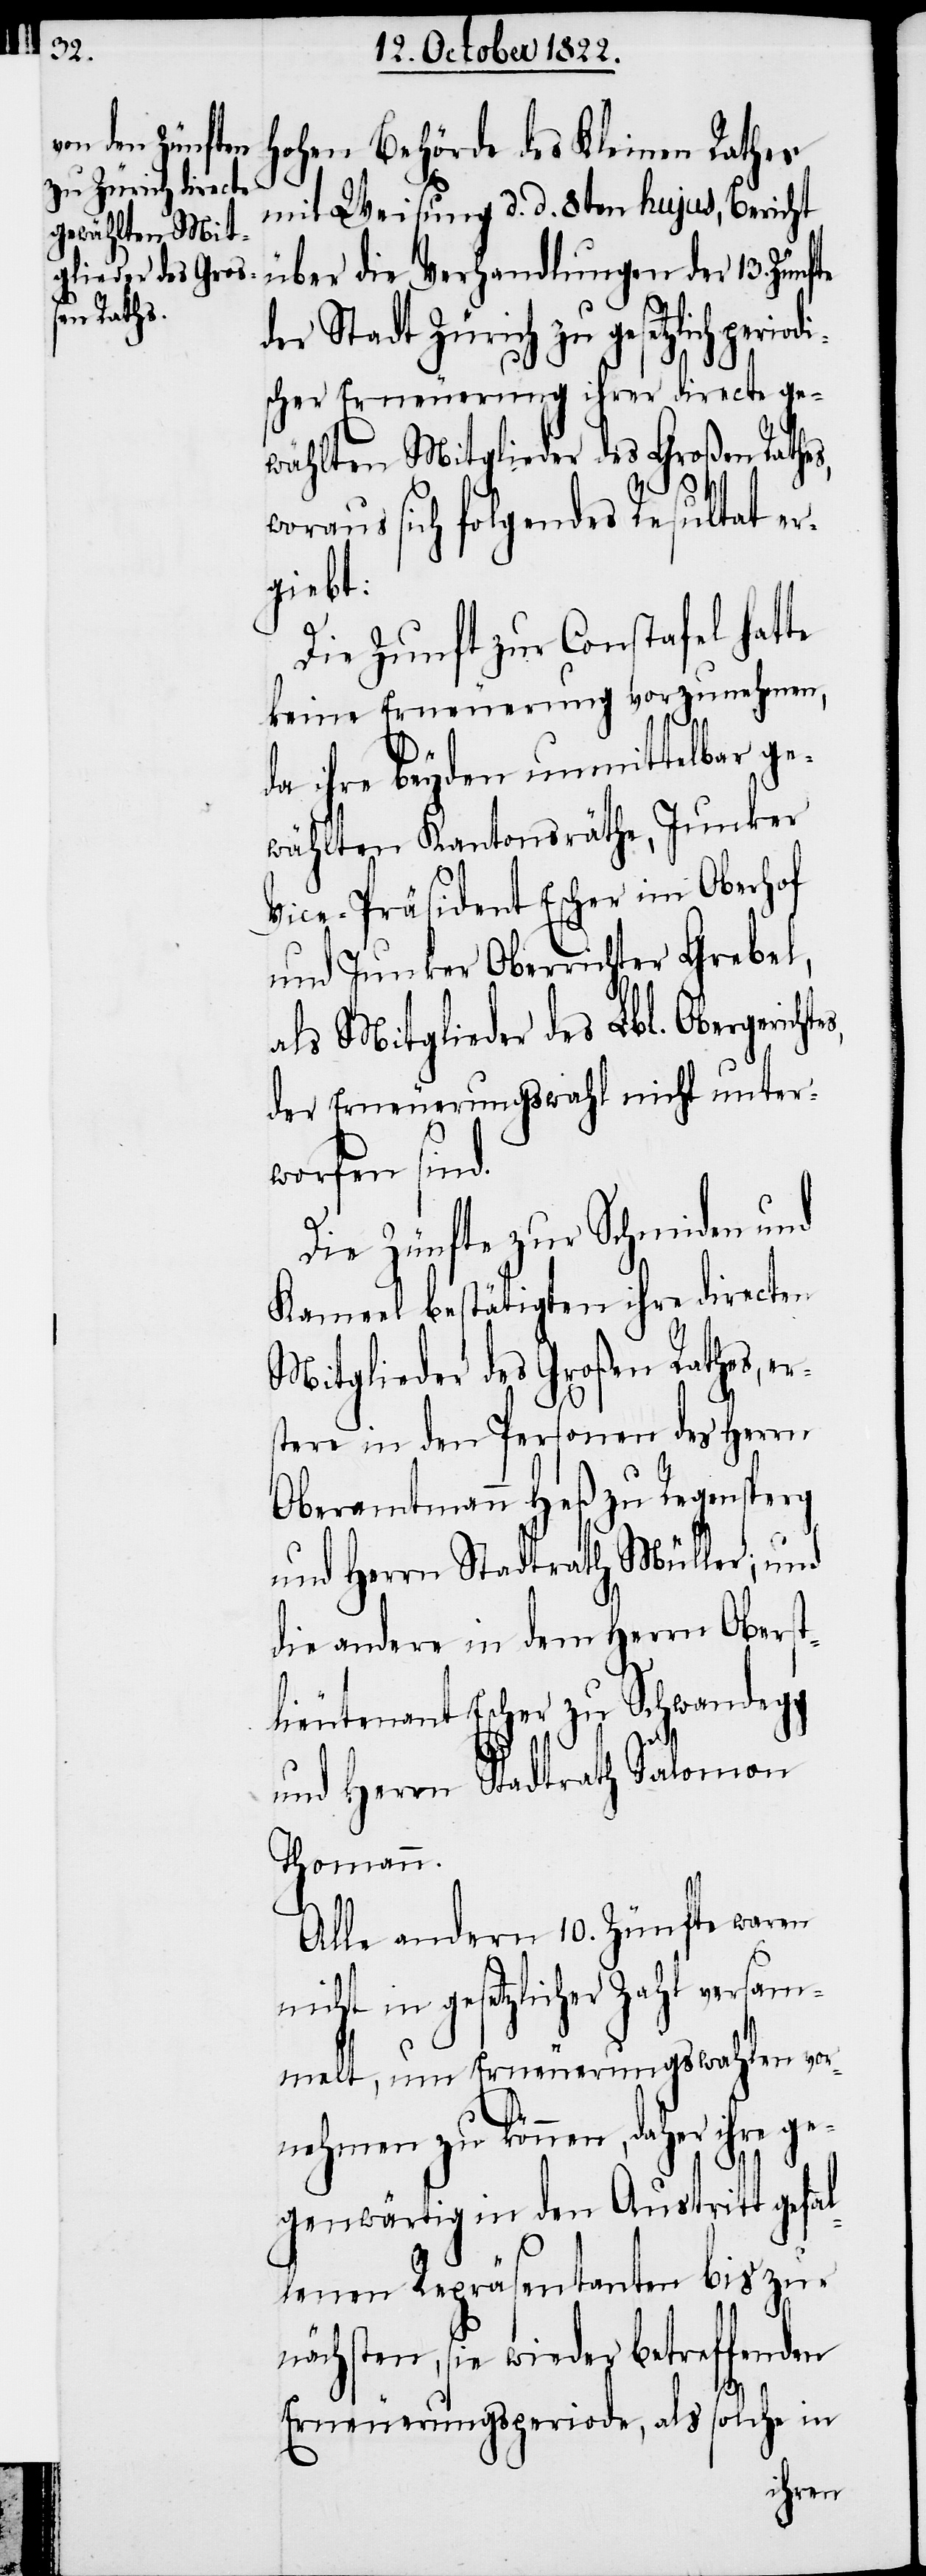
rs¬

hohen Behörde des Kleinen Rathes
mit Weisung d. d. 8ten hujus, Bericht
über die Verhandlungen der 13. Zünfte
der Stadt Zürich zu gesetzlich
scher Erneuerung ihrer directe ge¬
wählten Mitglieder des Großen Rathes,
woraus sich folgendes Resultat er¬
giebt:
Die Zunft zur Constafel hatte
keine Erneuerung vorzunehmen,
da ihre beyden unmittelbar ge¬
wählten Kantonsräthe, Junker
Vice-Präsident Escher im Oberhof
und Junker Oberrichter Grebel,
als Mitglieder des Lbl. Obergericht¬
der Erneuerungswahlt nicht unter¬
worfen sind.
Die Zünfte zur Schmiden und
Kameel bestätigten ihre directen
Mitglieder des Großen Rathes, e¬
tere in den Personen des Herrn
Oberamtmann Heß zu Regensperg
und Herrn Stadtrath Müller; und
die andere in dem Herrn Oberst¬
lieutenant Escher zu Schwandegg
und Herrn Stadtrath Salomon
Thomann.
Alle andern 10. Zünfte waren
nicht in gesetzlicher Zahl versam¬
melt, um Erneuerungswahlen vor¬
nehmen zu können, daher ihre ge¬
genwärtig in den Austritt gefal¬
lenen Repräsentanten bis zur
nächsten, sie wieder betreffenden
es,
Erneuerungsperiode, als solche in